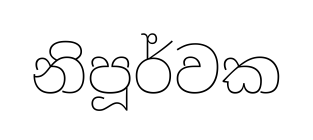
නිපූර්වක